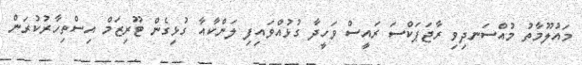
މައުލޫމާތު މުއްސަނދިވި ރާޖަޕަކްސަ ރައީސް ވަހީދާ ގުޅުއްވައިފި ލަންކާއާ ގުޅިގެން ޓޫރިޒަމް އިސްތިހާރުކުރަން